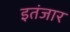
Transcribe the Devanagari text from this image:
इतंजार